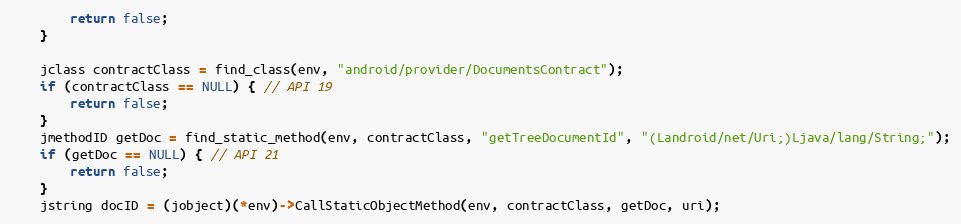
Language: C
		return false;
	}

	jclass contractClass = find_class(env, "android/provider/DocumentsContract");
	if (contractClass == NULL) { // API 19
		return false;
	}
	jmethodID getDoc = find_static_method(env, contractClass, "getTreeDocumentId", "(Landroid/net/Uri;)Ljava/lang/String;");
	if (getDoc == NULL) { // API 21
		return false;
	}
	jstring docID = (jobject)(*env)->CallStaticObjectMethod(env, contractClass, getDoc, uri);